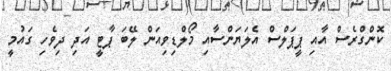
ކޮންގްރެސް އާއި ޕީޕަލްސް އެލަޔަންސާއި މޯލްޑިވިއަން ލޭބަ ޕާޓީ އަދި ދިވެހި ގައުމީ